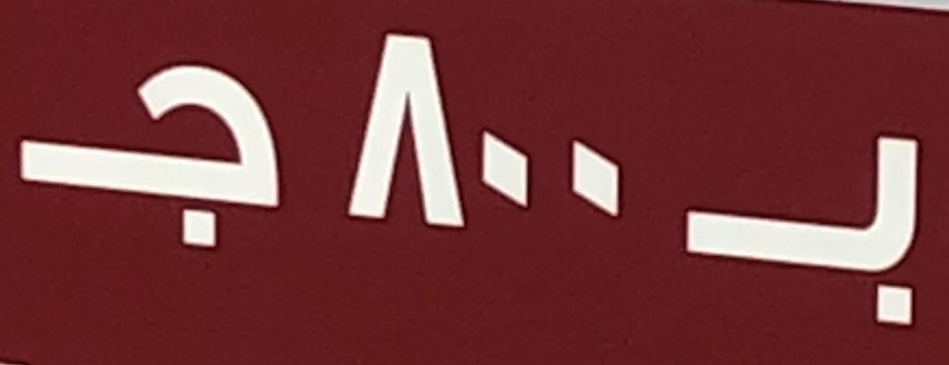
بـ800جـ